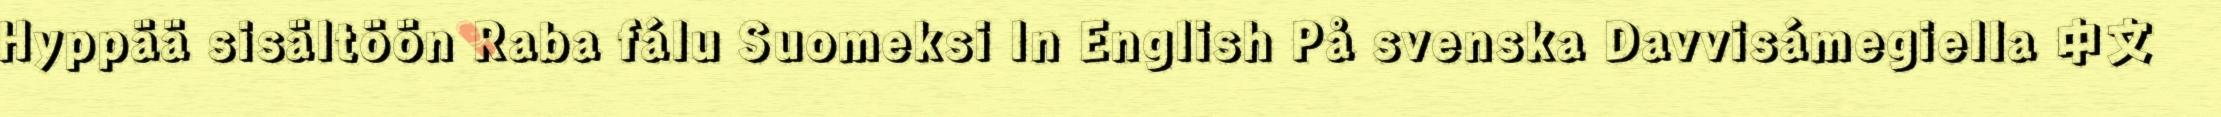
Hyppää sisältöön Raba fálu Suomeksi In English På svenska Davvisámegiella 中文